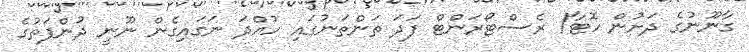
ގާނޫނުގެ ދަށުން ހޮޓާ/ ރެސްޓޯރަންޓް ފަދަ ތަންތަނުގައި ހުއްދަ ނަގައިގެން ނޫނީ ދުންފަތުގެ